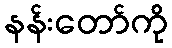
နန်းတော်ကို